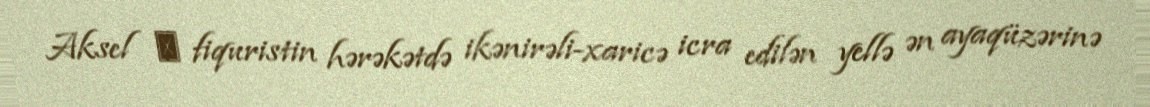
Aksel ― fiquristin hərəkətdə ikənirəli-xaricə icra edilən yellə ən ayaqüzərinə